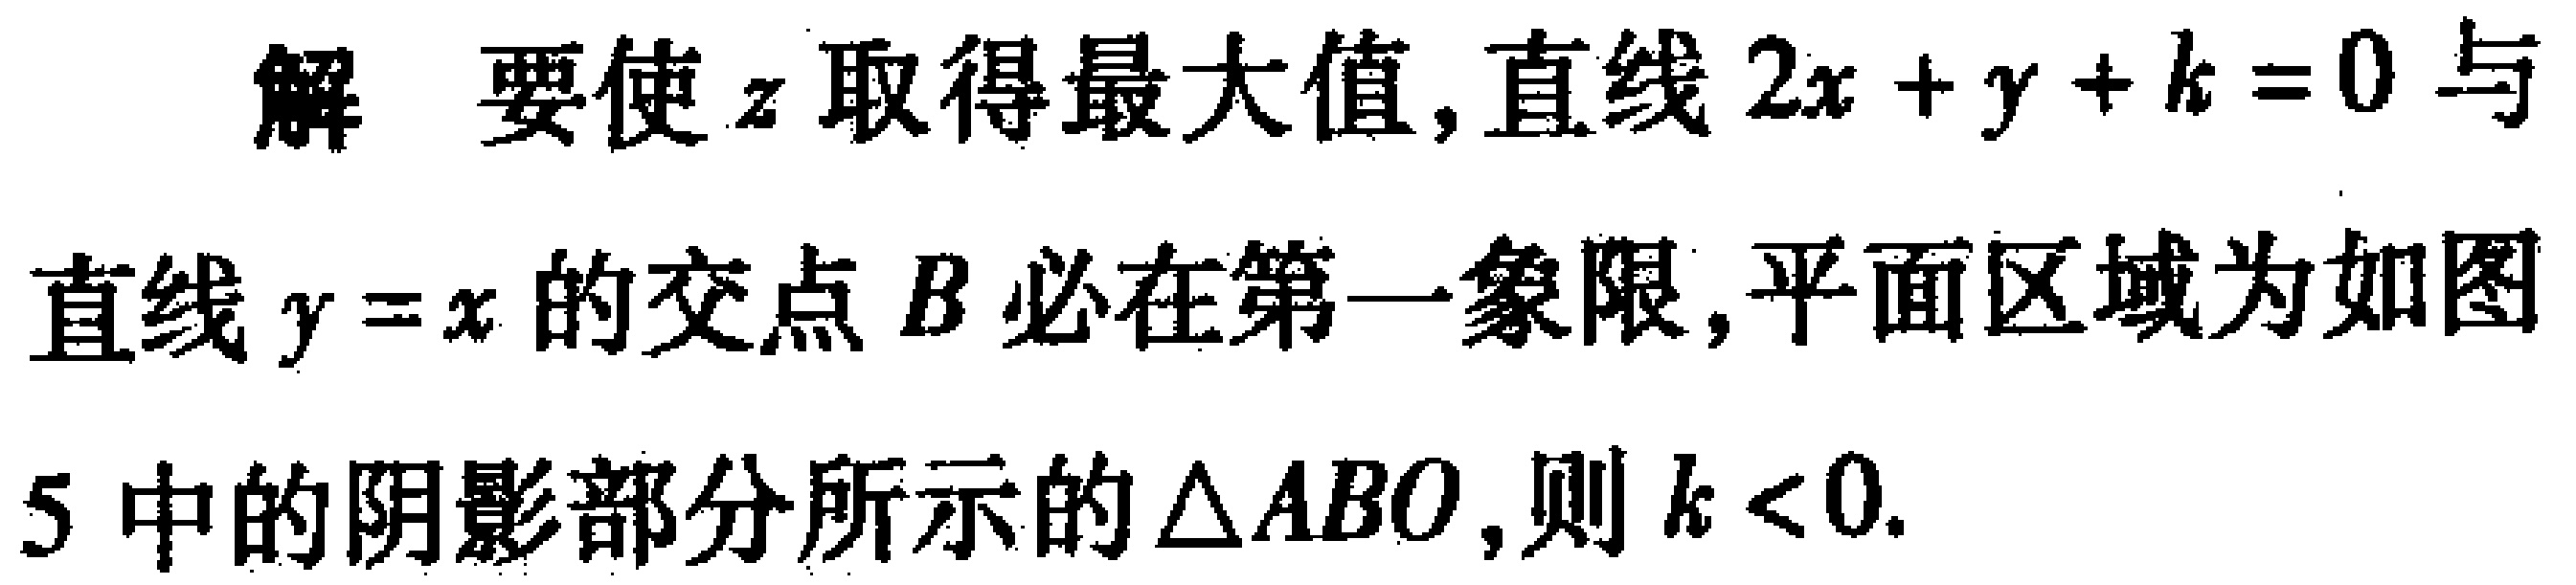
解 要使\(z\)取得最大值,直线\(2x + y + k = 0\)与直线\(y = x\)的交点\(B\)必在第一象限,平面区域为如图5中的阴影部分所示的\(\triangle ABO\),则\(k < 0\).